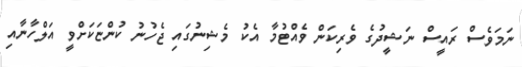
ނަމަވެސް ރައީސް ނަޝީދުގެ ވެރިކަން ވެއްޓުމާ އެކު މެޝިނުގައި ޖެހުނު ކުންޏަކަށްވީ އަލްހާނާއި